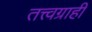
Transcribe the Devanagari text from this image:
तत्त्वग्राही